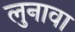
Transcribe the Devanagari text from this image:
लुनावा